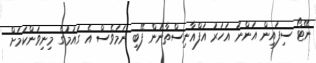
ނޭޓޯ ސިފައިން އަންނަ އަހަރު އަފްޣާނިސްތާނުން ފޭބި ނަމަވެސް އެ ގައުމުގެ މިނިވަންކަމަށް